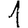
Digit: 1